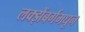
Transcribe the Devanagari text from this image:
लक्झेंबर्गमधून